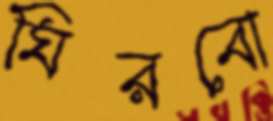
ঘিরবো